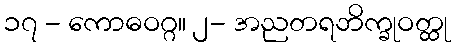
၁၇ - ကောဓဝဂ္ဂ။ ၂- အညတရဘိက္ခုဝတ္ထု